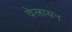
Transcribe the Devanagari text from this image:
वेलायन